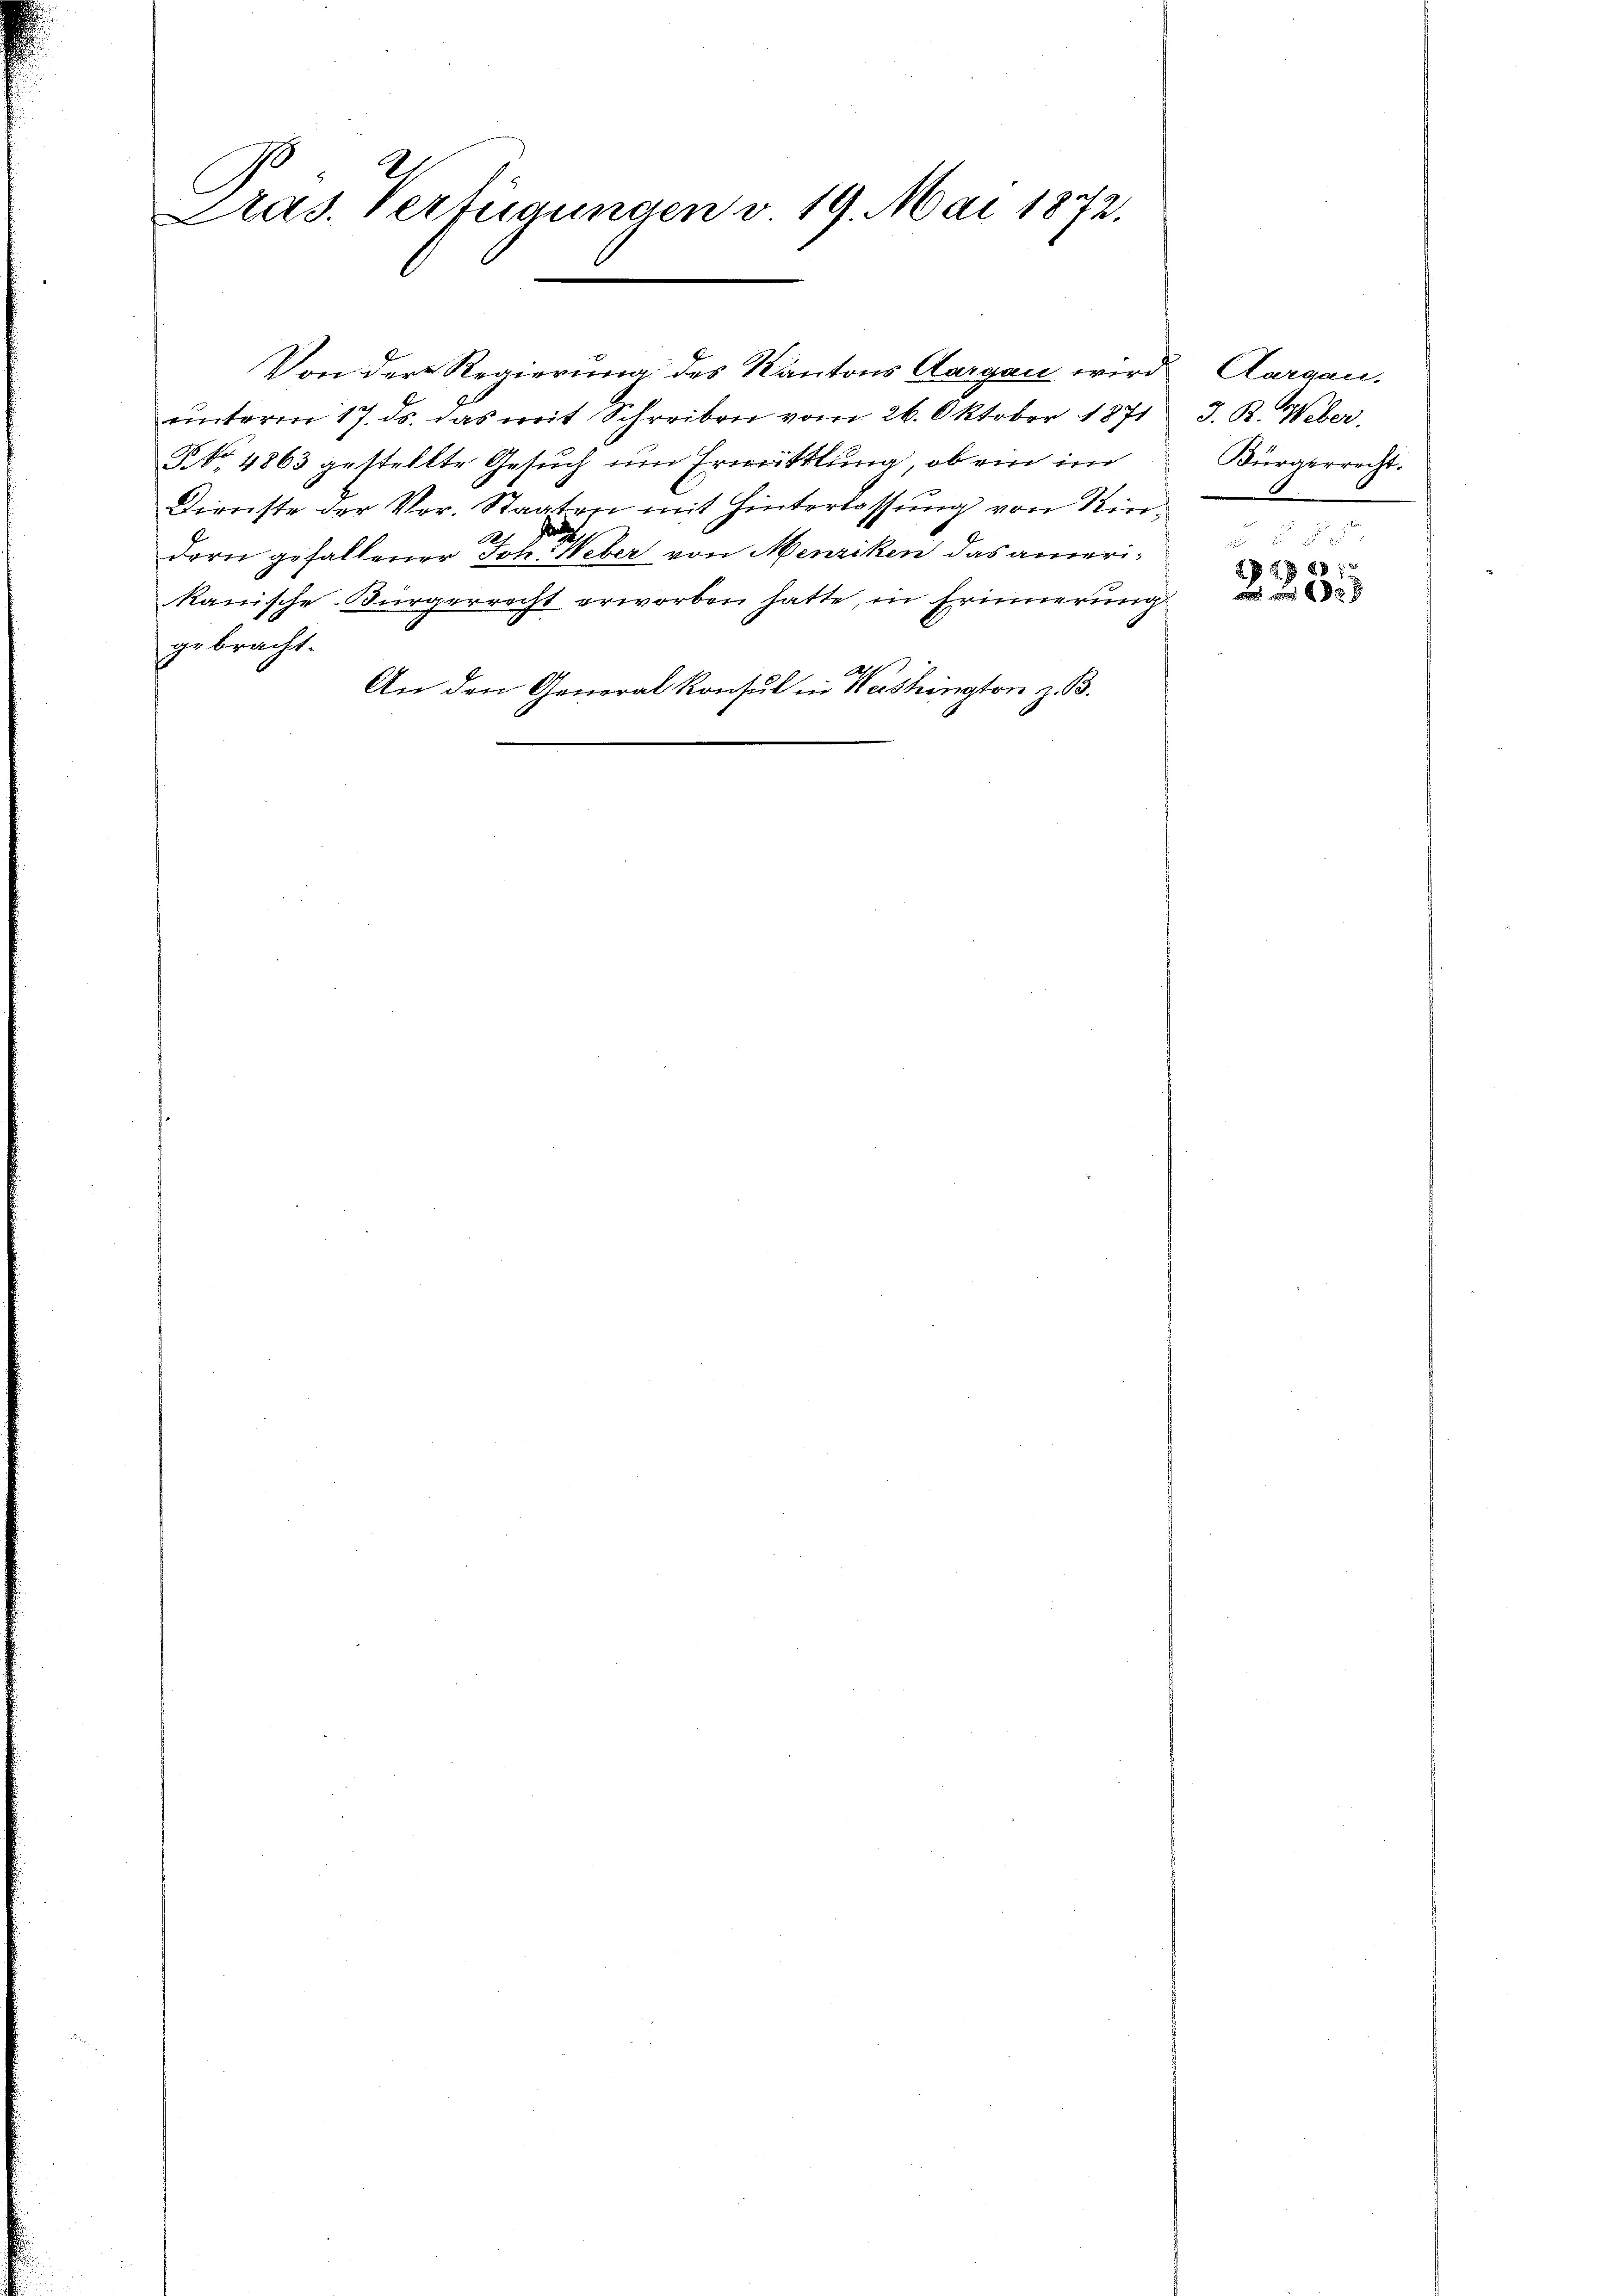
C
Pras. Verfügungen v. 19. Mai 1872.

unterm 17. ds. das mit Schreiben vom 26. Oktober 1871
§. No. 4863 gestellte Gesuch um Ermittlung, ob ein im
Dienste der Ver. Staaten mit Hinterlassung von Rinch
dern gefallener Joh. Weber von Menziken das amerikanische Bürgerrecht erworben hatte, in Erinnerung
gebracht.
An den General Konsul in Washington z. B.

Von der Regierung des Kantons Aargau wird Aargau.

J. R. Weber.
Bürgerrecht.

2 f 0